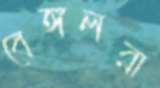
বেঙ্গলরা